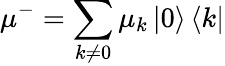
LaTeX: {{\mu}^{-}}=\sum_{k\ne 0}{{{\mu}_{k}}}\left\vert 0\right\rangle\left\langle k\right\vert